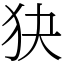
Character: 㹟